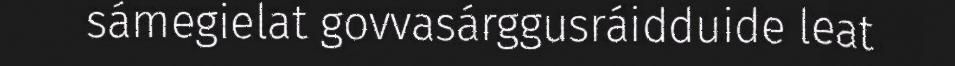
sámegielat govvasárggusráidduide leat